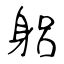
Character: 躳